Medical and sanitary report of the native army of Bengal for the year
Year: 1876
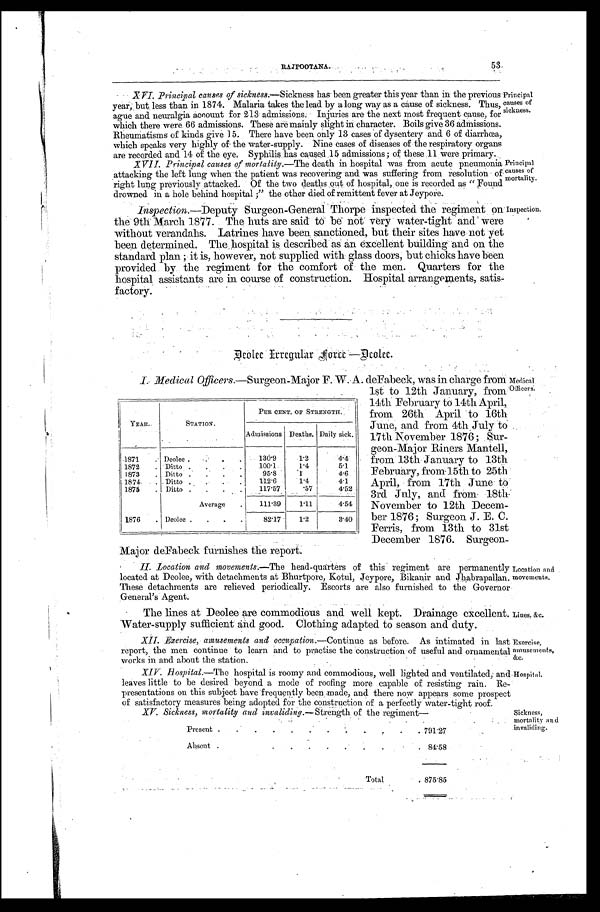
Lines, &c.
Exercise,
amusements,
&c.
Hospital.
53
RAJPOOTANA.
XVI. Principal causes of sickness.— Sickness has been greater this year than in the previous
year, but less than in 1874. Malaria takes the lead by along way as a cause of sickness. Thus,
ague and neuralgia account for 213 admissions. Injuries are the next most frequent cause, for
which there were 66 admissions. These are mainly slight in character. Boils give 36 admissions.
Rheumatisms of kinds give 15. There have been only 13 cases of dysentery and 6 of diarrhœa,
which speaks very highly of the water-supply. Nine cases of diseases of the respiratory organs
are recorded and 14 of the eye. Syphilis has caused 15 admissions; of these 11 were primary.
X V I I .
P r i n c i p a l c a u s e s o f m o r t a l i t y . —
T h e d e a t h i n h o s p i t a l w a s f r o m a c u t e p n e u m o n i a
a t t a c k i n g t h e l e f t l u n g w h e n t h e p a t i e n t w a s r e c o v e r i n g a n d w a s s u f f e r i n g f r o m r e s o l u t i o n o f
r i g h t l u n g p r e v i o u s l y a t t a c k e d . O f t h e t w o d e a t h s o u t o f h o s p i t a l , o n e i s r e c o r d e d a s " F o u n d
d r o w n e d i n a h o l e b e h i n d h o s p i t a l ; " t h e o t h e r d i e d o f r e m i t t e n t f e v e r a t J e y p o r e .
Principal
causes of
sickness.
Principal
causes of
mortality.
Inspection.—Deputy Surgeon-General Thorpe inspected the regiment on
the 9th March 1877. The huts are said to be not very water-tight and were
without verandahs. Latrines have been sanctioned, but their sites have not yet
been determined. The hospital is described as an excellent building and on the
standard plan; it is, however, not supplied with glass doors, but chicks have been
provided by the regiment for the comfort of the men. Quarters for the
hospital assistants are in course of construction. Hospital arrangements, satis
-
factory.
Inspection.
Deolee Erregular Force—Deolee.
I. Medical Officers .—Surgeon-Major F. W. A. deFabeck, was in charge from
1st to 12th January, from
14th February to 14th April,
from 26th April to 16th
June, and from 4th July to
17th November 1876; Sur
-
geon-Major Riners Mantell,
from 13th January to 13th
February, from 15th to 25th
April, from 17th June to
3rd July, and from 18th
November to 12th Dece
m-ber 1876; Surgeon J. E. C
Ferris, from 13th to 31s
t December 1876. Surgeon-
Major deFabeck furnishes the report.
YEAR.
STATION.
PER CENT. OF STRENGTH.
Admissions Deaths. Daily sick.
1871 . . . Deolee . . .
130.9
1.2
4.4
1872 . . . Ditto . . .
100.1
1.4
5.1
1873 . . . Ditto . . .
95.8
1
4.6
1874 . . . Ditto . . .
112.6
1.4
4.1
1875 . . . Ditto . . .
117.57
.57
4.52
Average . . .
111.39
1.11
4.54
1876 . . . Deolee . . .
82.17
1.2
3.40
Medical
Officers.
II. Location and movements.— The head-quarters of this regiment are permanently
located at Deolee, with detachments at Bhurtpore, Kotul, Jeypore, Bikanir and Jhabrapallan.
These detachments are relieved periodically. Escorts are also furnished to the Governor
General's Agent.
The lines at Deolee are commodious and well kept. Drainage excellent
Water-supply sufficient and good. Clothing adapted to season and duty.
XII. Exercise, amusements and occupation .—Continue as before. As intimated in last
report, the men continue to learn and to practise the Construction of useful and ornamental
works in and about the station.
XIV. Hospital.— The hospital is roomy and commodious, well lighted and ventilated, and
leaves little to be desired beyond a mode of roofing more capable of resisting rain. Re-
presentations on this subject have frequeutly been made, and there now appears some prospect
of satisfactory measures being adopted for the construction of a perfectly water-tight roof.
Location and
movements.
Sickness,
mortality and
invaliding.
XV. Sickness, mortality and invaliding .—Strength of the regiment—
Present . . .
791.27
Absent
.
.
. 84.58
Total. . . 875.85